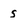
Character: s